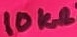
Text: 10KΩ